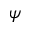
\psi